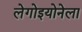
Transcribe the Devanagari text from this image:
लेगोइयोनेला